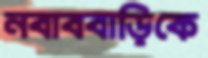
নবাববাড়িকে